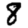
Digit: 8